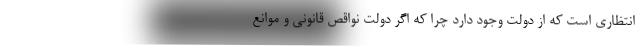
انتظاری است که از دولت وجود دارد چرا که اگر دولت نواقص قانونی و موانع